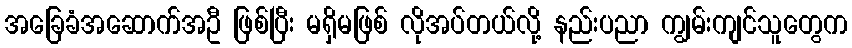
အခြေခံအဆောက်အဦ ဖြစ်ပြီး မရှိမဖြစ် လိုအပ်တယ်လို့ နည်းပညာ ကျွမ်းကျင်သူတွေက